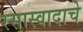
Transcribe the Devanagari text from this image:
रसास्वादाचे